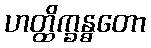
ဟတ္ထိက္ခန္ဓတော